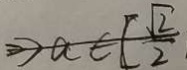
> a \in [ \frac { \sqrt { 2 } } { 2 }